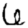
Digit: 6